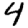
Digit: 4